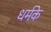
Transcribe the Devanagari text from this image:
धर्मके